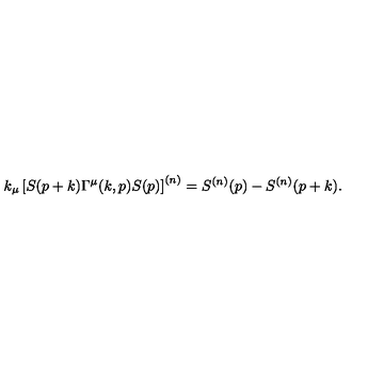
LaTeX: k _ { \mu } \left[ S ( p + k ) \Gamma ^ { \mu } ( k , p ) S ( p ) \right] ^ { ( n ) } = S ^ { ( n ) } ( p ) - S ^ { ( n ) } ( p + k ) .